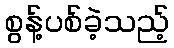
စွန့်ပစ်ခဲ့သည့်